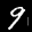
Label: 9